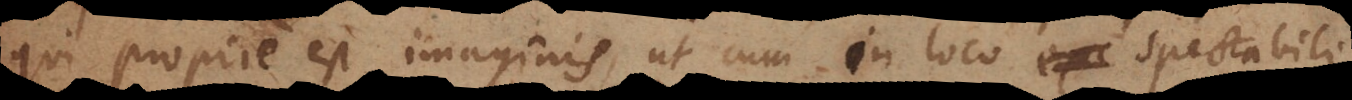
ie est imaginis, ut cum in loco exi spectabili